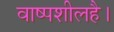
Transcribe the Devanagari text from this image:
वाष्पशीलहै।